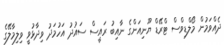
ދެއްވަމުން މޯލްޑިވްސް ޓްރޭޑް ޔޫނިއަންގެ ނާއިބު ރައީސް ސައުދު އަހުމަދު ވިދާޅުވީ ވިލިމާލޭގެ